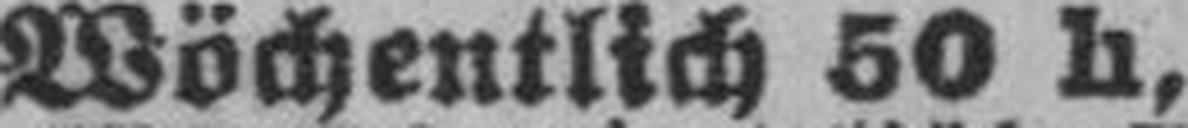
Wöchentlich 50 h,